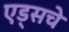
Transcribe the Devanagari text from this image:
एड्‌सचे